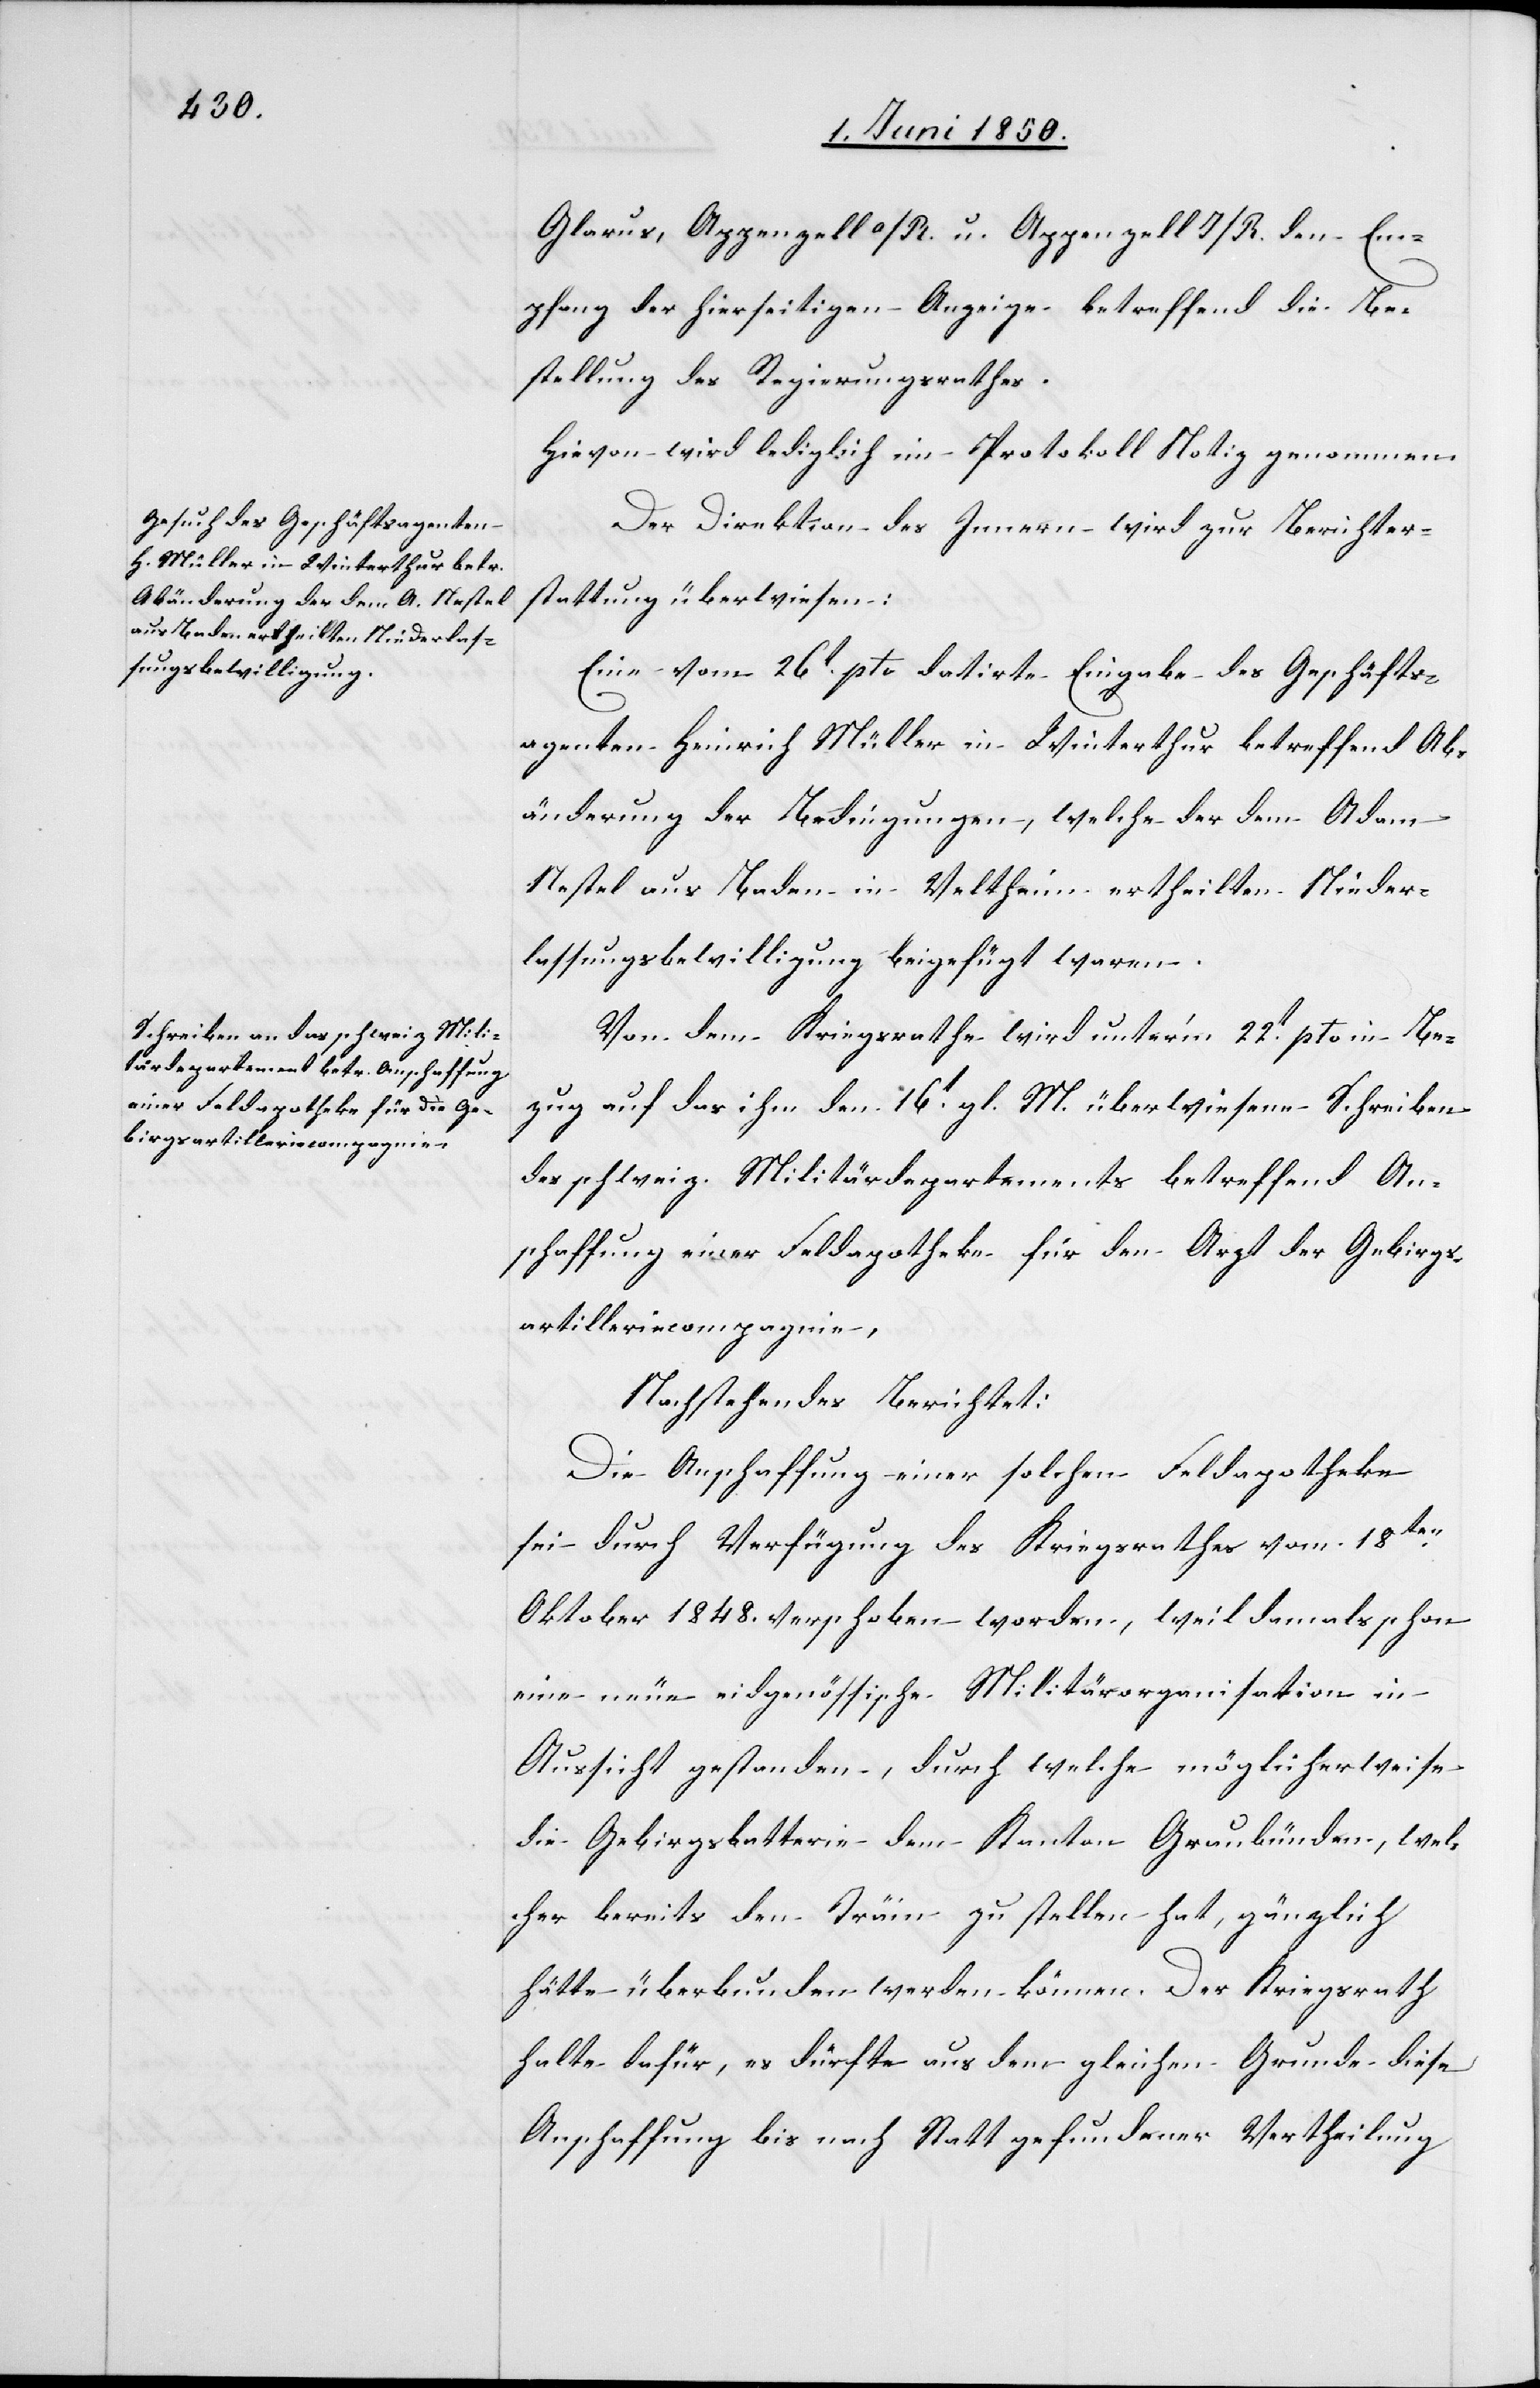
Glarus, Appenzell A/R. u. Appenzell I/R. den Em¬
pfang der hierseitigen Anzeige betreffend die Be¬
stellung des Regierungsrathes.
Hievon wird lediglich im Protokoll Notiz genommen.
Der Direktion des Innern wird zur Berichter¬
stattung überwiesen:
Eine vom 26t pto. datirte Eingabe des Geschäfts¬
agenten Heinrich Müller in Winterthur betreffend Ab¬
änderung der Bedingungen, welche der dem Adam
Nestel aus Baden in Veltheim ertheilten Nieder¬
lassungsbewilligung beigefügt waren.
Von dem Kriegsrathe wird unter’m 22t pto in Be¬
zug auf das ihm den 16t gl. M. überwiesene Schreiben
des schweiz. Militärdepartements betreffend An¬
schaffung einer Feldapotheke für den Arzt der Gebirgs¬
artilleriecompagnie,
Nachstehendes Berichtet:
Die Anschaffung einer solchen Feldapotheke
sei durch Verfügung des Kriegsrathes vom 18ten
Oktober 1848. verschoben worden, weil damals schon
eine neue eidgenössische Militärorganisation in
Aussicht gestanden, durch welche möglicherweise
die Gebirgsbatterie dem Kanton Graubünden, wel¬
cher bereits den Träin zu stellen hat, gänzlich
hätte überbunden werden können. Der Kriegsrath
halte dafür, es dürfte aus dem gleichen Grunde diese
Anschaffung bis nach Statt gefundener Vertheilung